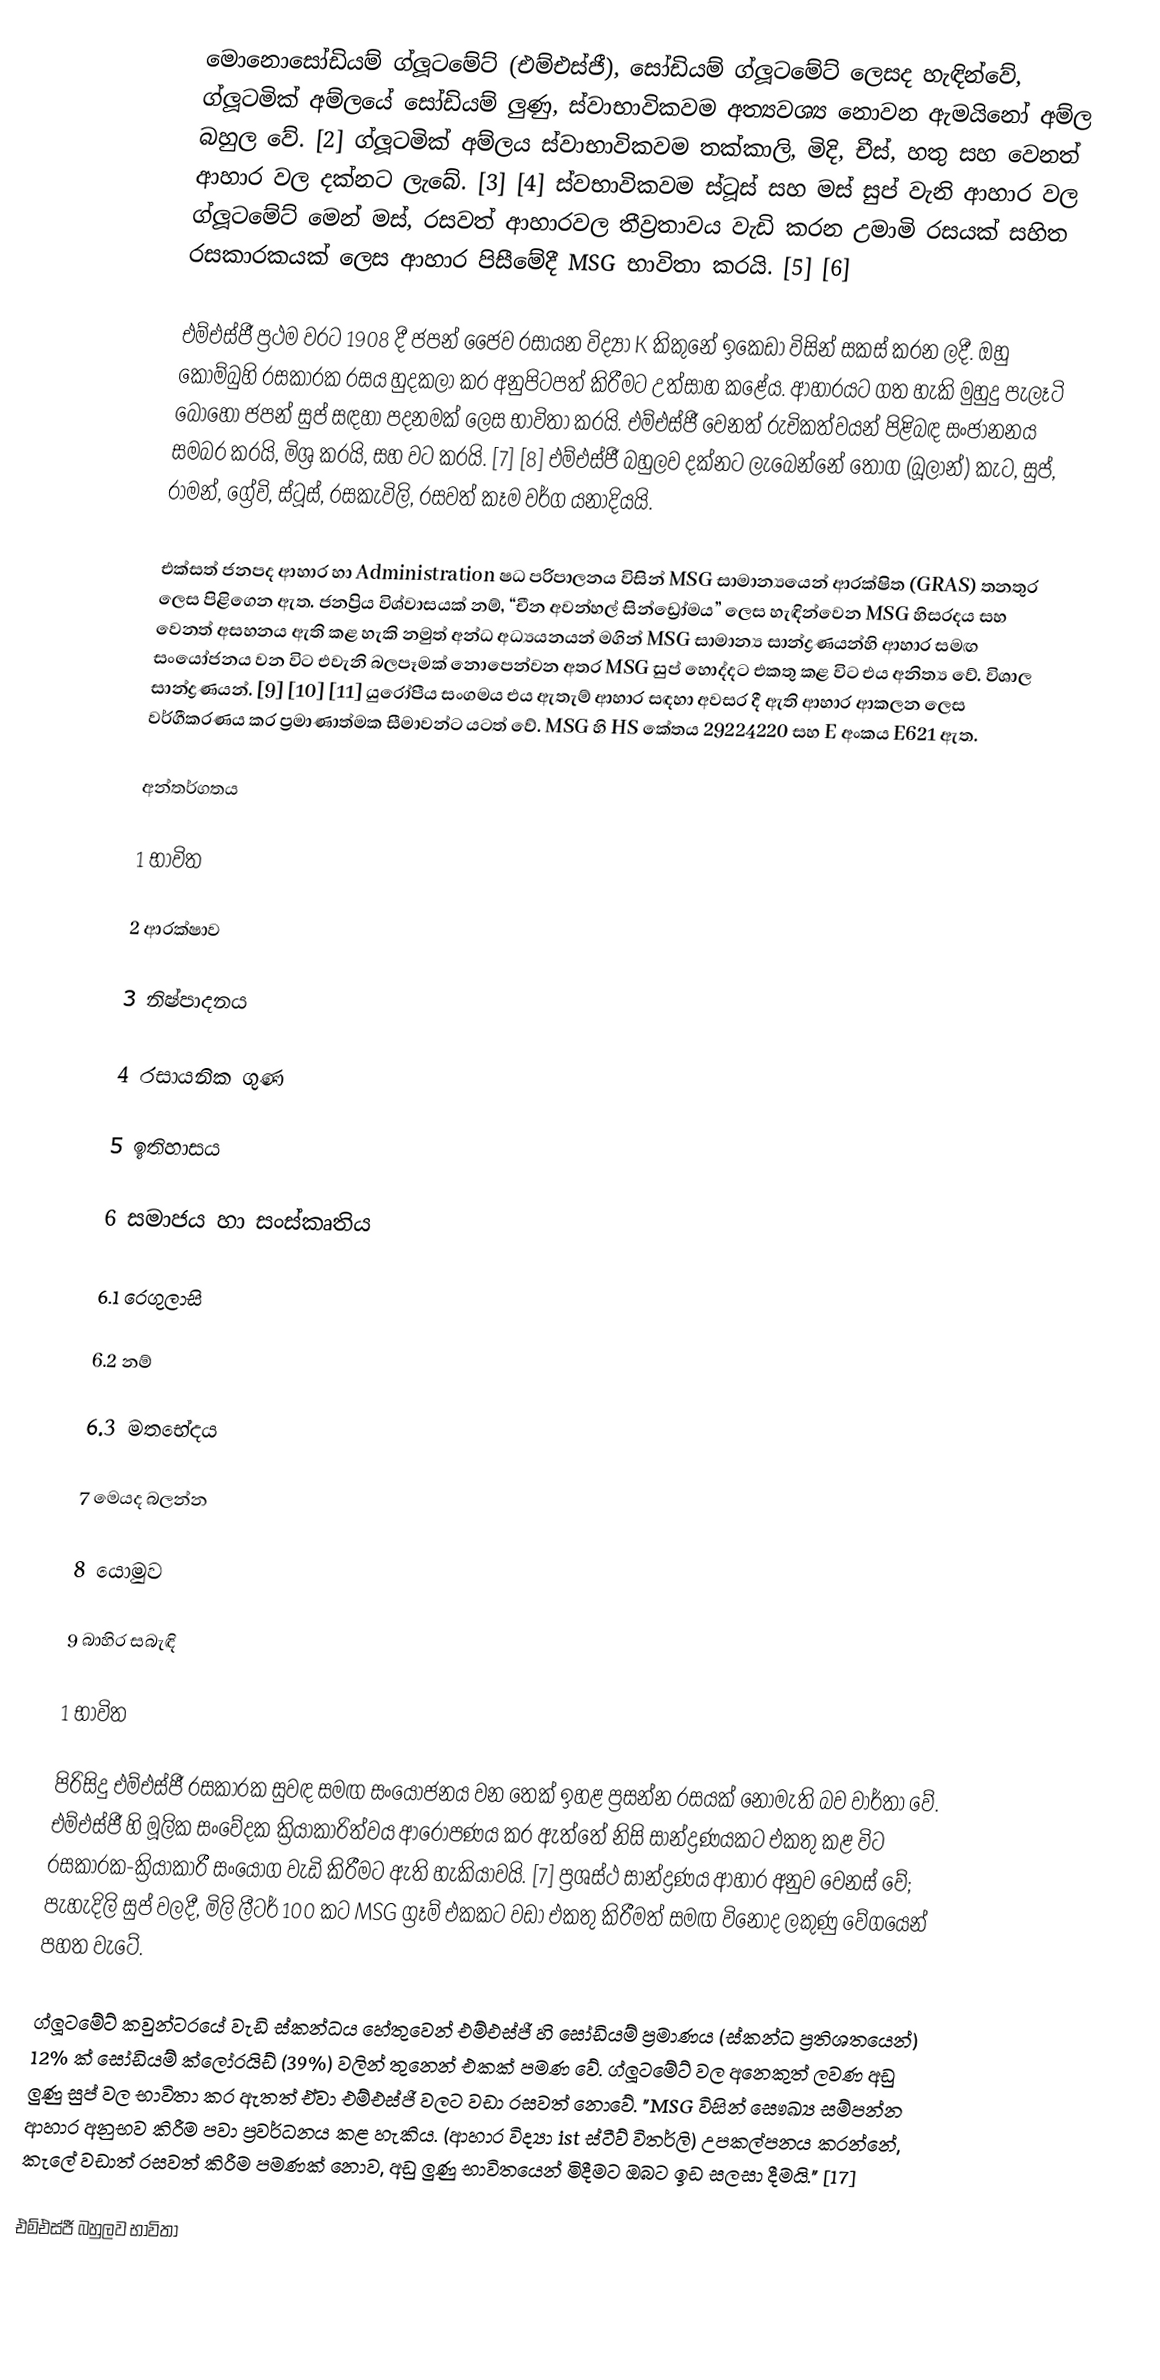
මොනොසෝඩියම් ග්ලූටමේට් (එම්එස්ජී), සෝඩියම් ග්ලූටමේට් ලෙසද හැඳින්වේ, ග්ලූටමික් අම්ලයේ සෝඩියම් ලුණු, ස්වාභාවිකවම අත්‍යවශ්‍ය නොවන ඇමයිනෝ අම්ල බහුල වේ. [2] ග්ලූටමික් අම්ලය ස්වාභාවිකවම තක්කාලි, මිදි, චීස්, හතු සහ වෙනත් ආහාර වල දක්නට ලැබේ. [3] [4] ස්වභාවිකවම ස්ටූස් සහ මස් සුප් වැනි ආහාර වල ග්ලූටමේට් මෙන් මස්, රසවත් ආහාරවල තීව්‍රතාවය වැඩි කරන උමාමි රසයක් සහිත රසකාරකයක් ලෙස ආහාර පිසීමේදී MSG භාවිතා කරයි. [5] [6]

එම්එස්ජී ප්‍රථම වරට 1908 දී ජපන් ජෛව රසායන විද්‍යා K කිකුනේ ඉකෙඩා විසින් සකස් කරන ලදී. ඔහු කොම්බුහි රසකාරක රසය හුදකලා කර අනුපිටපත් කිරීමට උත්සාහ කළේය. ආහාරයට ගත හැකි මුහුදු පැලෑටි බොහෝ ජපන් සුප් සඳහා පදනමක් ලෙස භාවිතා කරයි. එම්එස්ජී වෙනත් රුචිකත්වයන් පිළිබඳ සංජානනය සමබර කරයි, මිශ්‍ර කරයි, සහ වට කරයි. [7] [8] එම්එස්ජී බහුලව දක්නට ලැබෙන්නේ තොග (බූලාන්) කැට, සුප්, රාමන්, ග්‍රේවි, ස්ටූස්, රසකැවිලි, රසවත් කෑම වර්ග යනාදියයි.

එක්සත් ජනපද ආහාර හා Administration ෂධ පරිපාලනය විසින් MSG සාමාන්‍යයෙන් ආරක්ෂිත (GRAS) තනතුර ලෙස පිළිගෙන ඇත. ජනප්‍රිය විශ්වාසයක් නම්, “චීන අවන්හල් සින්ඩ්‍රෝමය” ලෙස හැඳින්වෙන MSG හිසරදය සහ වෙනත් අසහනය ඇති කළ හැකි නමුත් අන්ධ අධ්‍යයනයන් මගින් MSG සාමාන්‍ය සාන්ද්‍රණයන්හි ආහාර සමඟ සංයෝජනය වන විට එවැනි බලපෑමක් නොපෙන්වන අතර MSG සුප් හොද්දට එකතු කළ විට එය අනිත්‍ය වේ. විශාල සාන්ද්‍රණයන්. [9] [10] [11] යුරෝපීය සංගමය එය ඇතැම් ආහාර සඳහා අවසර දී ඇති ආහාර ආකලන ලෙස වර්ගීකරණය කර ප්‍රමාණාත්මක සීමාවන්ට යටත් වේ. MSG හි HS කේතය 29224220 සහ E අංකය E621 ඇත.

අන්තර්ගතය

1 භාවිත

2 ආරක්ෂාව

3 නිෂ්පාදනය

4 රසායනික ගුණ

5 ඉතිහාසය

6 සමාජය හා සංස්කෘතිය

6.1 රෙගුලාසි

6.2 නම්

6.3 මතභේදය

7 මෙයද බලන්න

8 යොමුව

9 බාහිර සබැඳි

1 භාවිත

පිරිසිදු එම්එස්ජී රසකාරක සුවඳ සමඟ සංයෝජනය වන තෙක් ඉහළ ප්‍රසන්න රසයක් නොමැති බව වාර්තා වේ. එම්එස්ජී හි මූලික සංවේදක ක්‍රියාකාරිත්වය ආරෝපණය කර ඇත්තේ නිසි සාන්ද්‍රණයකට එකතු කළ විට රසකාරක-ක්‍රියාකාරී සංයෝග වැඩි කිරීමට ඇති හැකියාවයි. [7] ප්‍රශස්ථ සාන්ද්‍රණය ආහාර අනුව වෙනස් වේ; පැහැදිලි සුප් වලදී, මිලි ලීටර් 100 කට MSG ග්‍රෑම් එකකට වඩා එකතු කිරීමත් සමඟ විනෝද ලකුණු වේගයෙන් පහත වැටේ.

ග්ලූටමේට් කවුන්ටරයේ වැඩි ස්කන්ධය හේතුවෙන් එම්එස්ජී හි සෝඩියම් ප්‍රමාණය (ස්කන්ධ ප්‍රතිශතයෙන්) 12% ක් සෝඩියම් ක්ලෝරයිඩ් (39%) වලින් තුනෙන් එකක් පමණ වේ. ග්ලූටමේට් වල අනෙකුත් ලවණ අඩු ලුණු සුප් වල භාවිතා කර ඇතත් ඒවා එම්එස්ජී වලට වඩා රසවත් නොවේ. "MSG විසින් සෞඛ්‍ය සම්පන්න ආහාර අනුභව කිරීම පවා ප්‍රවර්ධනය කළ හැකිය. (ආහාර විද්‍යා ist ස්ටීව් විතර්ලි) උපකල්පනය කරන්නේ, කැලේ වඩාත් රසවත් කිරීම පමණක් නොව, අඩු ලුණු භාවිතයෙන් මිදීමට ඔබට ඉඩ සලසා දීමයි." [17]

එම්එස්ජී බහුලව භාවිතා